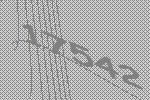
17542